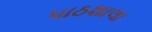
પાઠશાલા